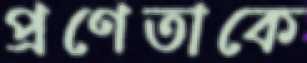
প্রণেতাকে